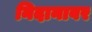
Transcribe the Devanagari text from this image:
निदानावर